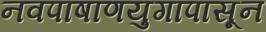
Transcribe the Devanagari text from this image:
नवपाषाणयुगापासून